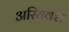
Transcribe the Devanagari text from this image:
अरियवंश